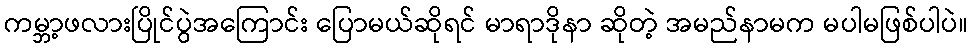
ကမ္ဘာ့ဖလားပြိုင်ပွဲအကြောင်း ပြောမယ်ဆိုရင် မာရာဒိုနာ ဆိုတဲ့ အမည်နာမက မပါမဖြစ်ပါပဲ။